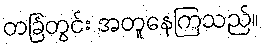
တခြံတွင်း အတူနေကြသည်။